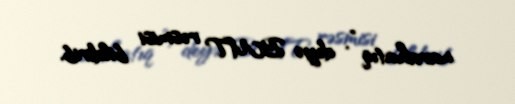
narahatıq ”, deyə BMT rəsmisi bildirib.